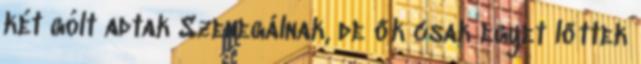
két gólt adtak Szenegálnak, de ők csak egyet lőttek